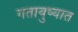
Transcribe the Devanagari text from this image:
गतायुष्यात